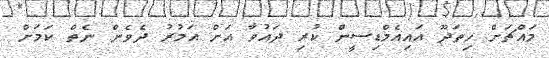
މައްޗަށް ހިތަދޫ އައިއެމްޑިސީން ކުރި ދައުވާ އަށް އަމުރު ދެވެން ނެތް ކަމަށް